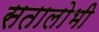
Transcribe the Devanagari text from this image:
सतालोभी